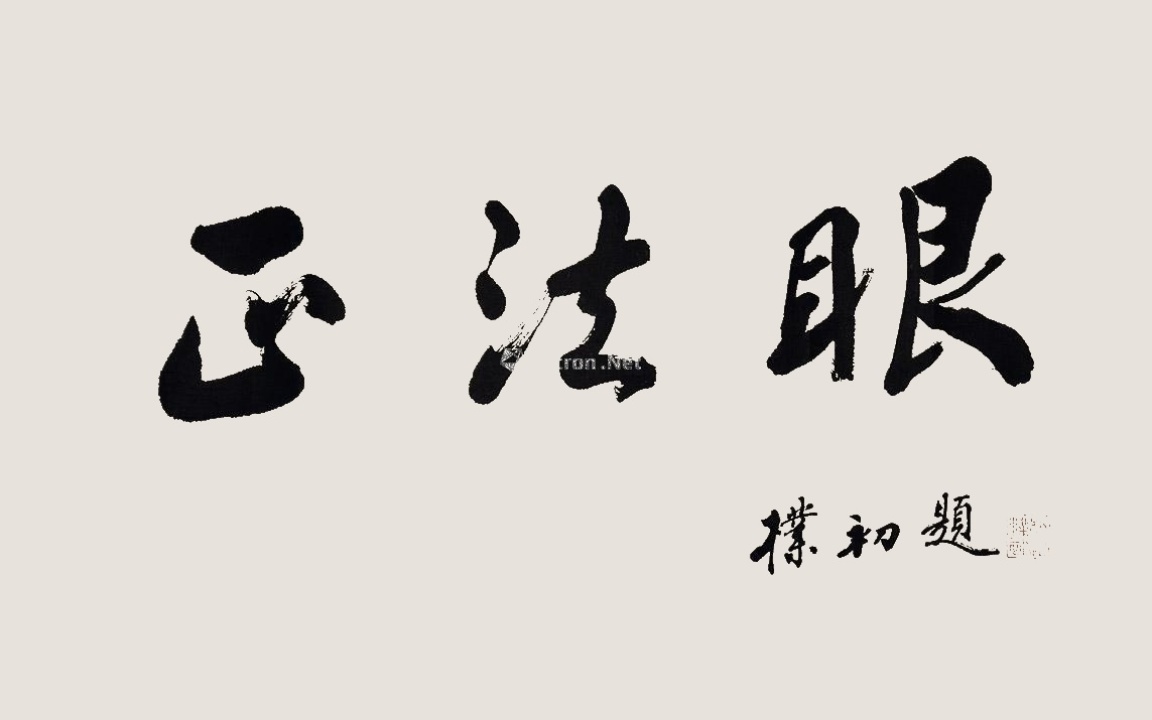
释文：正法眼赵朴初